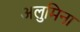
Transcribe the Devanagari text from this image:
अलुमिना